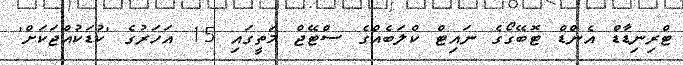
ޓްރިނިޑާޑް އެންޑް ޓޮބޭގޯގެ ނައިޓް ކްލަބެއްގެ ސްޓޭޖް މަތީގައި 15 އަހަރުގެ 'ކުޑަކުއްޖަކަށް'